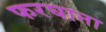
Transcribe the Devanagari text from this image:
फरघाना